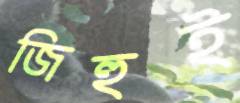
জিহুই